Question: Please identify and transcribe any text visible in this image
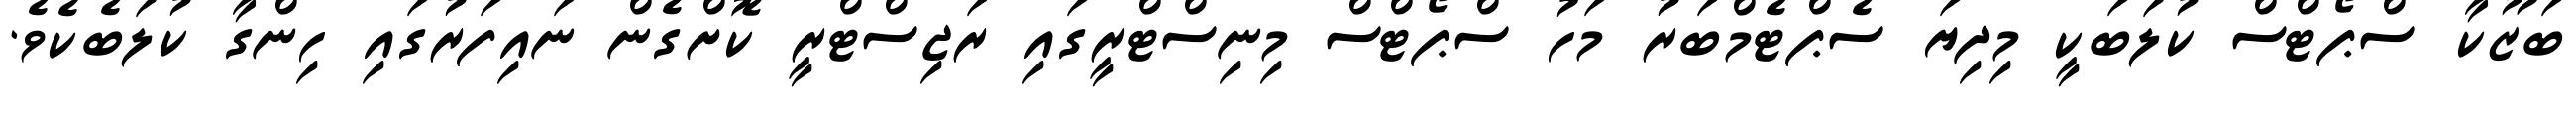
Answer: ބަޒޫކާ ސްޕޯޓްސް ކުލަބަކީ މިދިޔަ ސެޕްޓެމްބަރު މަހު ސްޕޯޓްސް މިނިސްޓްރީގައި ރަޖިސްޓްރީ ކޮށްގެން ނައިފަރުގައި ހިންގާ ކުލަބެކެވެ.